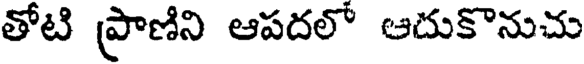
తోటి ప్రాణిని ఆపదలో ఆదుకొనుచు